On the action of the venoms of the cobra (Naja tripudians) and of the daboia (Daboia russellii) on the red blood corpuscles and on the blood plasma - Number 4
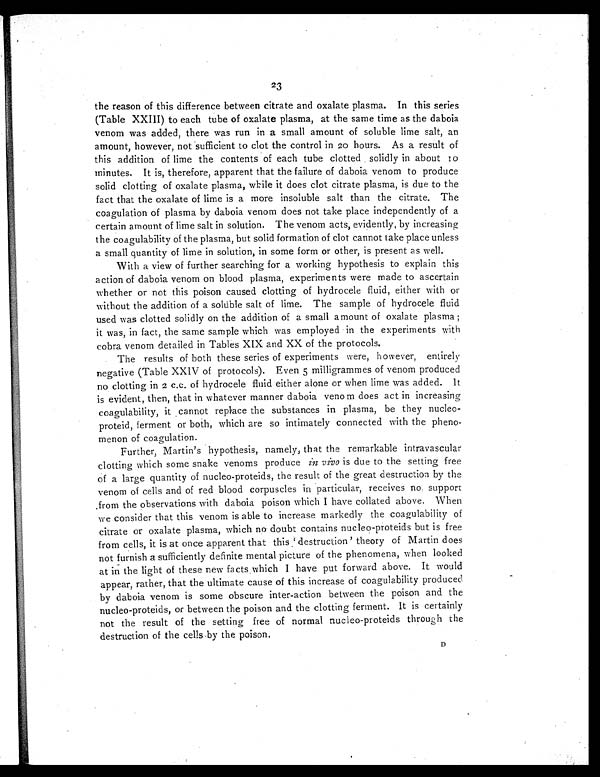
23
the reason of this difference between citrate and oxalate plasma. In this series
(Table XXIII) to each tube of oxalate plasma, at the same time as the daboia
venom was added, there was run in a small amount of soluble lime salt, an
amount, however, not sufficient to clot the control in 20 hours. As a result of
this addition of lime the contents of each tube clotted solidly in about 10
minutes. It is, therefore, apparent that the failure of daboia venom to produce
solid clotting of oxalate plasma, while it does clot citrate plasma, is due to the
fact that the oxalate of lime is a more insoluble salt than the citrate. The
coagulation of plasma by daboia venom does not take place independently of a
certain amount of lime salt in solution. The venom acts, evidently, by increasing
the coagulability of the plasma, but solid formation of clot cannot take place unless
a small quantity of lime in solution, in some form or other, is present as well.
With a view of further searching for a working hypothesis to explain this
action of daboia venom on blood plasma, experiments were made to ascertain
whether or not this poison caused clotting of hydrocele fluid, either with or
without the addition of a soluble salt of lime. The sample of hydrocele fluid
used was clotted solidly on the addition of a small amount of oxalate plasma;
it was, in fact, the same sample which was employed in the experiments with
cobra venom detailed in Tables XIX and XX of the protocols.
The results of both these series of experiments were, however, entirely
negative (Table XXIV of protocols). Even 5 milligrammes of venom produced
no clotting in 2 c.c. of hydrocele fluid either alone or when lime was added. It
is evident, then, that in whatever manner daboia venom does act in increasing
coagulability, it cannot replace the substances in plasma, be they nucleo-
proteid, ferment or both, which are so intimately connected with the pheno-
menon of coagulation.
Further, Martin's hypothesis, namely, that the remarkable intravascular
clotting which some snake venoms produce in vivo is due to the setting free
of a large quantity of nucleo-proteids, the result of the great destruction by the
venom of cells and of red blood corpuscles in particular, receives no support
from the observations with daboia poison which I have collated above. When
we consider that this venom is able to increase markedly the coagulability of
citrate or oxalate plasma, which no doubt contains nucleo-proteids but is free
from cells, it is at once apparent that this' destruction ' theory of Martin does
not furnish a sufficiently definite mental picture of the phenomena, when looked
at in the light of these new facts which I have put forward above. It would
appear, rather, that the ultimate cause of this increase of coagulability produced
by daboia venom is some obscure inter-action between the poison and the
nucleo-proteids, or between the poison and the clotting ferment. It is certainly
not the result of the setting free of normal nucleo-proteids through the
destruction of the cells by the poison.